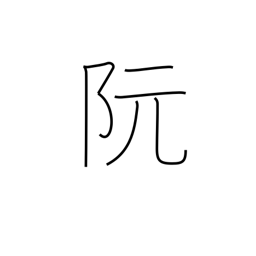
Meaning: place name